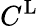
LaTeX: C^{\textrm{L}}